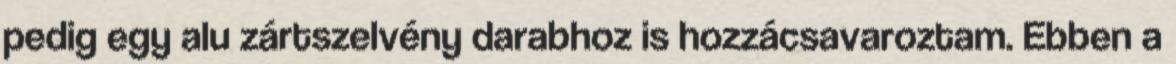
pedig egy alu zártszelvény darabhoz is hozzácsavaroztam. Ebben a